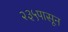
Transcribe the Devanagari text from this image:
२३५पासून